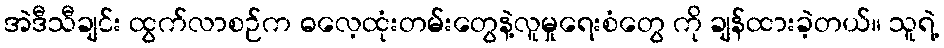
အဲဒီသီချင်း ထွက်လာစဉ်က ဓလေ့ထုံးတမ်းတွေနဲ့လူမှုရေးစံတွေ ကို ချန်ထားခဲ့တယ်။ သူရဲ့